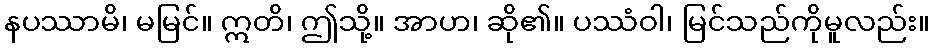
နပဿာမိ၊ မမြင်။ ဣတိ၊ ဤသို့။ အာဟ၊ ဆို၏။ ပဿံဝါ၊ မြင်သည်ကိုမူလည်း။